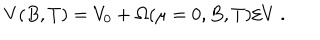
LaTeX: V ( B , T ) = V _ { 0 } + \Omega ( \mu = 0 , B , T ) / V ~ .